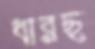
ধারছ